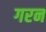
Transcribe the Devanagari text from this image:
गरन